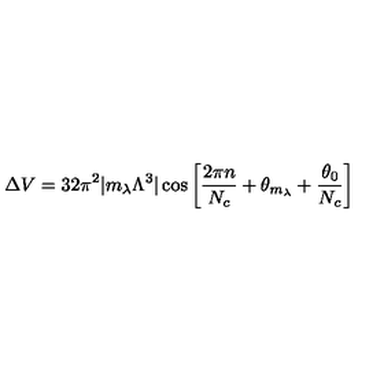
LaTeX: \Delta V = 3 2 \pi ^ { 2 } | m _ { \lambda } \Lambda ^ { 3 } | \cos \left[ { \frac { 2 \pi n } { N _ { c } } } + \theta _ { m _ { \lambda } } + { \frac { \theta _ { 0 } } { N _ { c } } } \right]